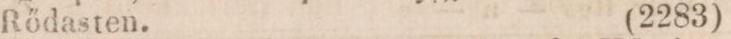
Rődasten.    (2283)